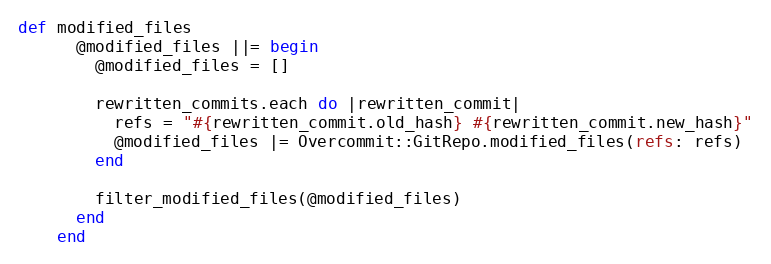
Language: Ruby
def modified_files
      @modified_files ||= begin
        @modified_files = []

        rewritten_commits.each do |rewritten_commit|
          refs = "#{rewritten_commit.old_hash} #{rewritten_commit.new_hash}"
          @modified_files |= Overcommit::GitRepo.modified_files(refs: refs)
        end

        filter_modified_files(@modified_files)
      end
    end